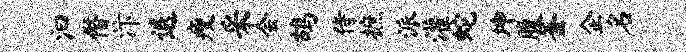
汩僭汴退瘦采会鸪侍摭派灌蛇坤腹釜企名